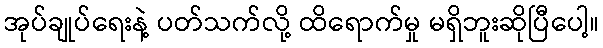
အုပ်ချုပ်ရေးနဲ့ ပတ်သက်လို့ ထိရောက်မှု မရှိဘူးဆိုပြီပေါ့။